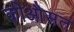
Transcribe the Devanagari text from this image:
कीऔसत